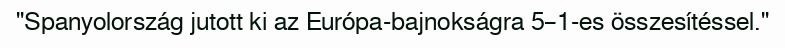
"Spanyolország jutott ki az Európa-bajnokságra 5–1-es összesítéssel."